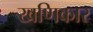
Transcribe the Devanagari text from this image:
खणिकार